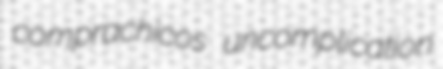
comprachicos uncomplication